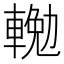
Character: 𨍠